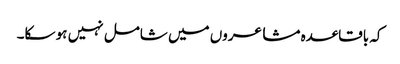
کہ باقاعدہ مشاعروں میں شامل نہیں ہو سکا۔